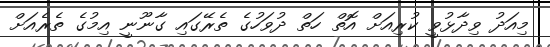
މިއަދު ވިދާޅުވީ ކުރިއަށް އޮތް ހަތް ދުވަހުގެ ތެރޭގައި ގާނޫނީ އިމުގެ ތެރެއަށް